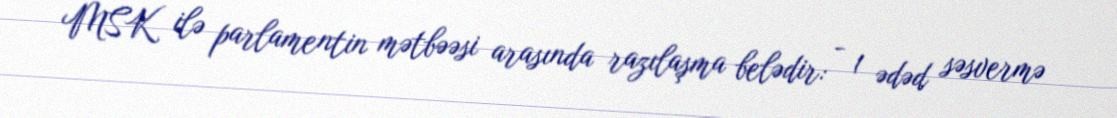
MSK ilə parlamentin mətbəəsi arasında razılaşma belədir: - 1 ədəd səsvermə